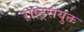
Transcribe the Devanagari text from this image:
राष्ट्रसंयुक्त